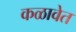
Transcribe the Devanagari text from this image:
कळावेत